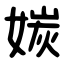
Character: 㛶